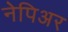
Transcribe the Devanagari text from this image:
नेपिअर